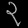
Digit: ၃